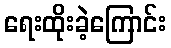
ရေးထိုးခဲ့ကြောင်း